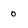
Character: o